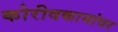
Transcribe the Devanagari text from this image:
कोरीवकामांवर